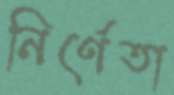
নির্ণেতা